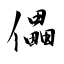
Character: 儡